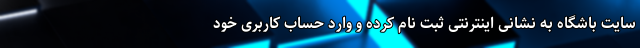
سایت باشگاه به نشانی اینترنتی ثبت نام کرده و وارد حساب کاربری خود